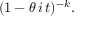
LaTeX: ( 1 - \theta \, i \, t ) ^ { - k } .